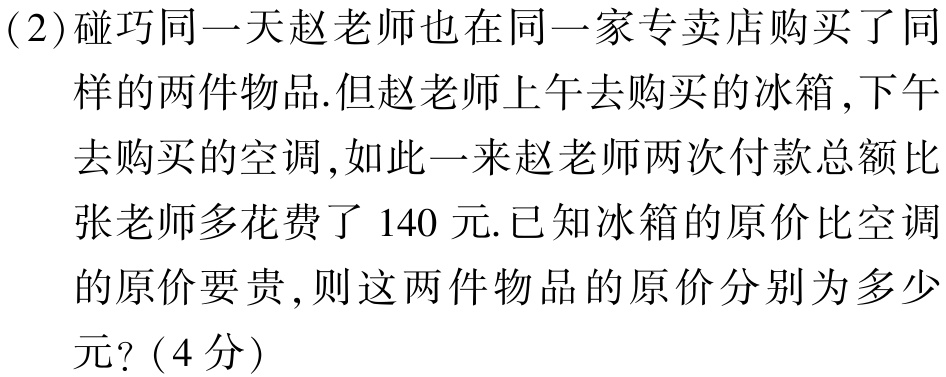
(2)碰巧同一天赵老师也在同一家专卖店购买了同
样的两件物品.但赵老师上午去购买的冰箱,下午
去购买的空调,如此一来赵老师两次付款总额比
张老师多花费了140元.已知冰箱的原价比空调
的原价要贵,则这两件物品的原价分别为多少
元?（4分）